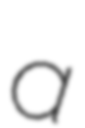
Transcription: a